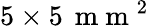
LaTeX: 5\times 5\, \mathrm{~m~m~}^{2}